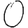
Digit: 0